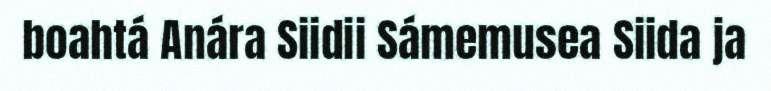
boahtá Anára Siidii Sámemusea Siida ja